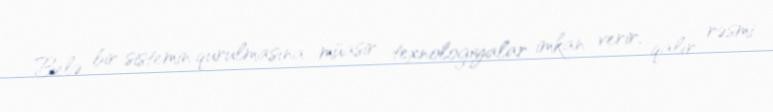
Belə bir sistemin qurulmasına müasir texnologiyalar imkan verir, qalır rəsmi